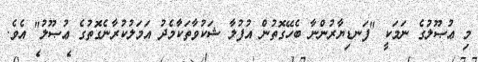
މި ޢުޞޫލުގެ ނަމަކީ "ފަނޑިޔާރުންނާ ބެހޭގޮތުން އުފުލާ ޝަކުވާތަކާމެދު އަމަލުކުރާނެގޮތުގެ ޢުޞޫލު" އެވެ.